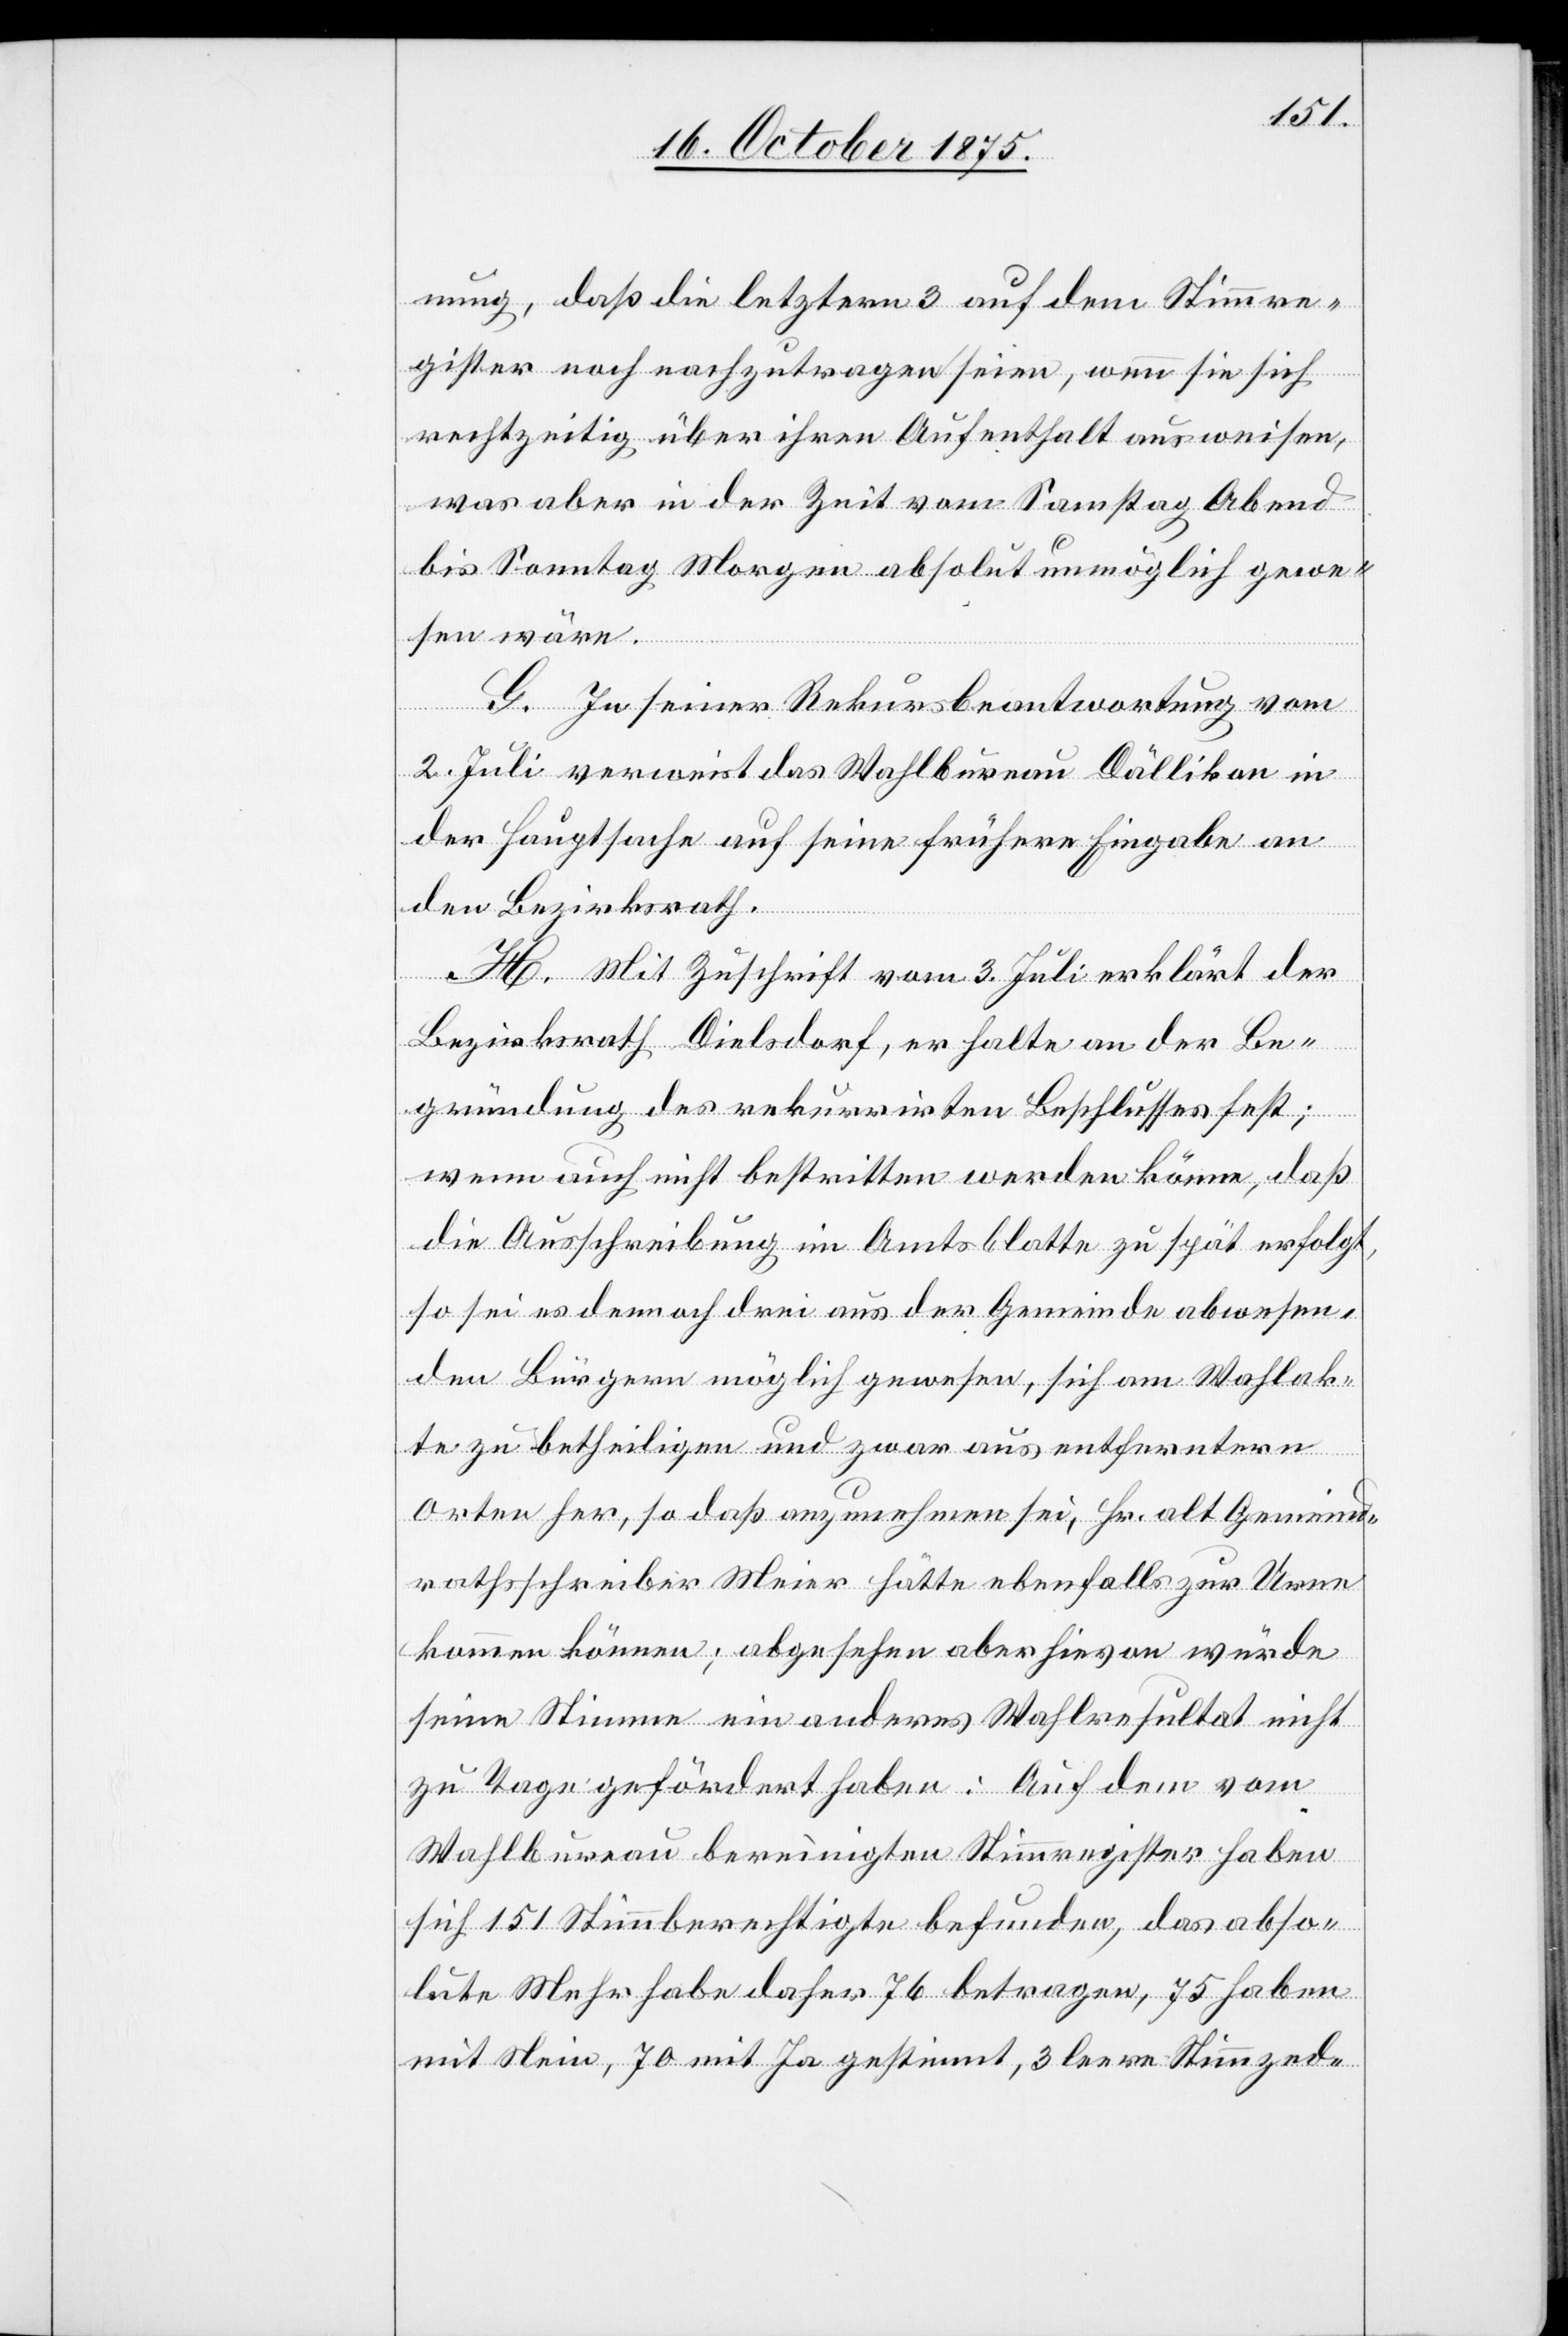
nung, daß die letztern 3 auf dem Stimmre¬
gister noch nachzutragen seien, wenn sie sich
rechtzeitig über ihren Aufenthalt ausweisen,
was aber in der Zeit vom Samstag Abend
bis Sonntag Morgen absolut unmöglich gewe¬
sen wäre.
G. In seiner Rekursbeantwortung vom
2. Juli verweist das Wahlbureau Dällikon in
der Hauptsache auf seine frühere Eingabe an
den Bezirksrath.
H. Mit Zuschrift vom 3. Juli erklärt der
Bezirksrath Dielsdorf, er halte an der Be¬
gründung des rekurrirten Beschlusses fest;
wenn auch nicht bestritten werden könne, daß
die Ausschreibung im Amtsblatte zu spät erfolgt,
so sei es dennoch drei aus der Gemeinde abwesen¬
den Bürgern möglich gewesen, sich am Wahlak¬
te zu betheiligen und zwar aus entferntern
Orten her, so daß anzunehmen sei, Hr. alt Gemeind¬
rathsschreiber Meier hätte ebenfalls zur Urne
kommen können; abgesehen aber hievon würde
seine Stimme ein anderes Wahlresultat nicht
zu Tage gefördert haben: Auf dem vom
Wahlbureau bereinigten Stimmregister haben
sich 151 Stimmberechtigte befunden, das abso¬
lute Mehr habe daher 76 betragen, 75 haben
mit Nein, 70 mit Ja gestimmt, 3 leere Stimmzed-